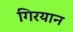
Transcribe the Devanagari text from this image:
गिरयान